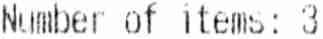
NUMBER OF ITEMS: 3